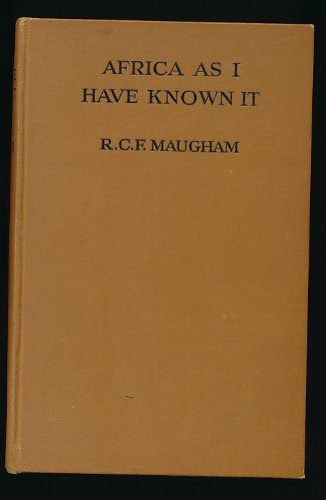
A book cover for Africa as I have known it;: Nyasaland--East Africa--Liberia--SeÃEÂEneÃEÂEgal,; R. C. F Maugham; Travel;